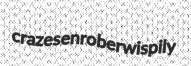
crazes enrober wispily